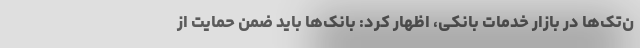
ن‌تک‌ها در بازار خدمات بانکی، اظهار کرد: بانک‌ها باید ضمن حمایت از